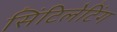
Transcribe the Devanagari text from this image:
सिंटिलेटिंग